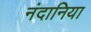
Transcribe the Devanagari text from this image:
नंदानिया